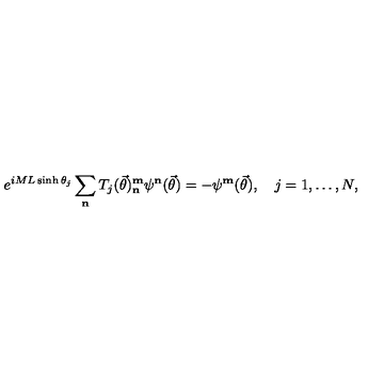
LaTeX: e ^ { i M L \sinh \theta _ { j } } \sum _ { \mathbf { n } } T _ { j } ( \vec { \theta } ) _ { \mathbf { n } } ^ { \mathbf { m } } \psi ^ { \mathbf { n } } ( \vec { \theta } ) = - \psi ^ { \mathbf { m } } ( \vec { \theta } ) , \quad j = 1 , \ldots , N ,